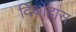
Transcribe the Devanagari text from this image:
दिथोदास